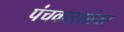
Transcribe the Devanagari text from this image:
पंचकलशांवर